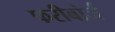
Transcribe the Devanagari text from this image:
फरीबोर्ज